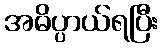
အဓိပ္ပာယ်ရပြီး